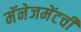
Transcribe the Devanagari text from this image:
मॅनेजमेंटची